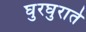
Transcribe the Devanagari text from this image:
घुरघुराते